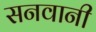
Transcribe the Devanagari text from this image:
सनवानी